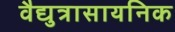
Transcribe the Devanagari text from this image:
वैद्युत्रासायनिक